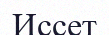
Иссет